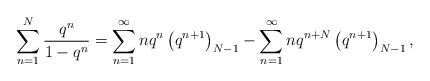
LaTeX: \begin{align*}\sum_{n=1}^{N} \frac{q^n}{1 - q^n} = \sum_{n=1}^\infty n q^n \left( q^{n+1} \right)_{N-1} -\sum_{n=1}^\infty n q^{n+N} \left( q^{n+1} \right)_{N-1},\end{align*}